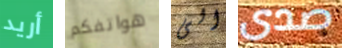
أريد هواتفكم الى صدى